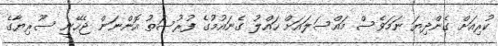
ކުރިއަށް ގެންދިޔަ ނަމަވެސް މައްސަލައަށް ހައްލު ގެނައުމުގެ ފުރުސަތު އޮންނަން ޖެހޭނީ ސޫރިޔާގެ